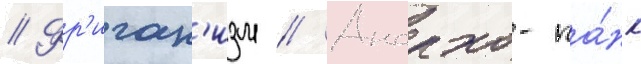
// Фр'иган'изм // Анархо-па́нк